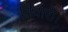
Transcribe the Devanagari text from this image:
तिवारी।